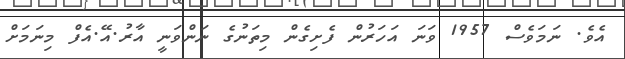
އެވެ. ނަމަވެސް 1957 ވަނަ އަހަރުން ފެށިގެން މިތަނުގެ ނަންވަނީ އާރު.އޭ.އެފް މިނަމަށް